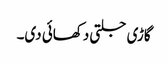
گاڑی جلتی دکھائی دی۔